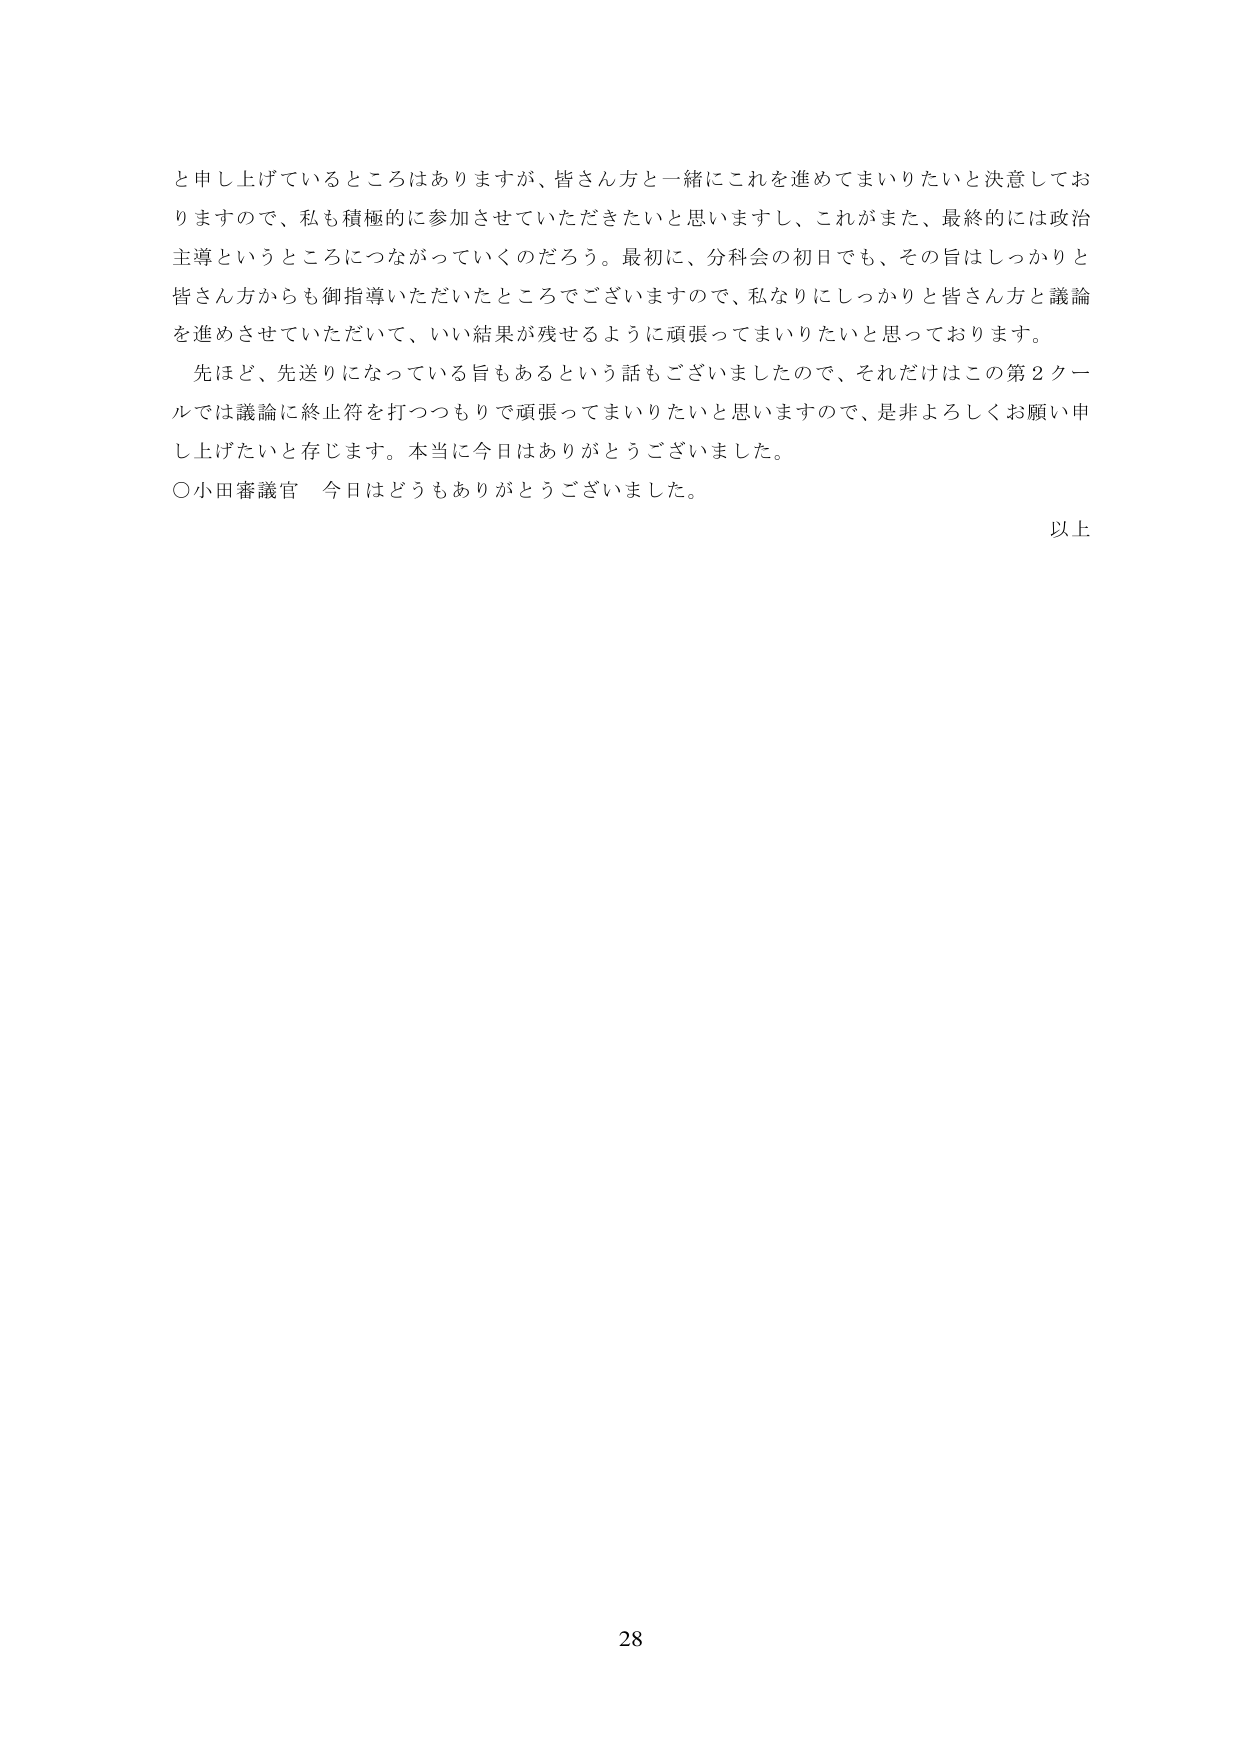
と申し上げているところありますが、皆さん方と一緒にこれを進めてまいりたいと決意しておりますので、私も積極的に参加させていただきたいと思いますし、これがまた、最終的には政治主導というところにつながっていくのだろう。最初に、分科会の初日でも、その旨はしっかりと皆さん方からも御指導いただいたところでございますので、私なりにしっかりと皆さん方と議論を進めさせていただいて、いい結果が残せるように頑張ってまいりたいと思っております。

先ほど、先送りになっている旨もあるという話もございましたので、それだけはこの第2クールでは議論に終止符を打つつもりで頑張ってまいりたいと思いますので、是非よろしくお願い申し上げたいと存じます。本当に今日はありがとうございました。

○小田審議官　今日はどうもありがとうございました。

以上

28